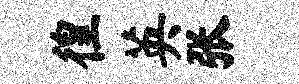
徨英张